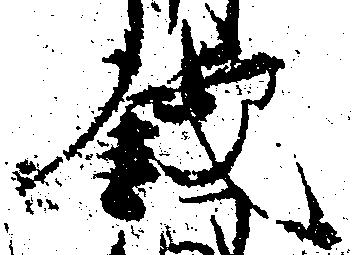
銭